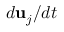
d { \bf { u } } _ { j } / { d t }